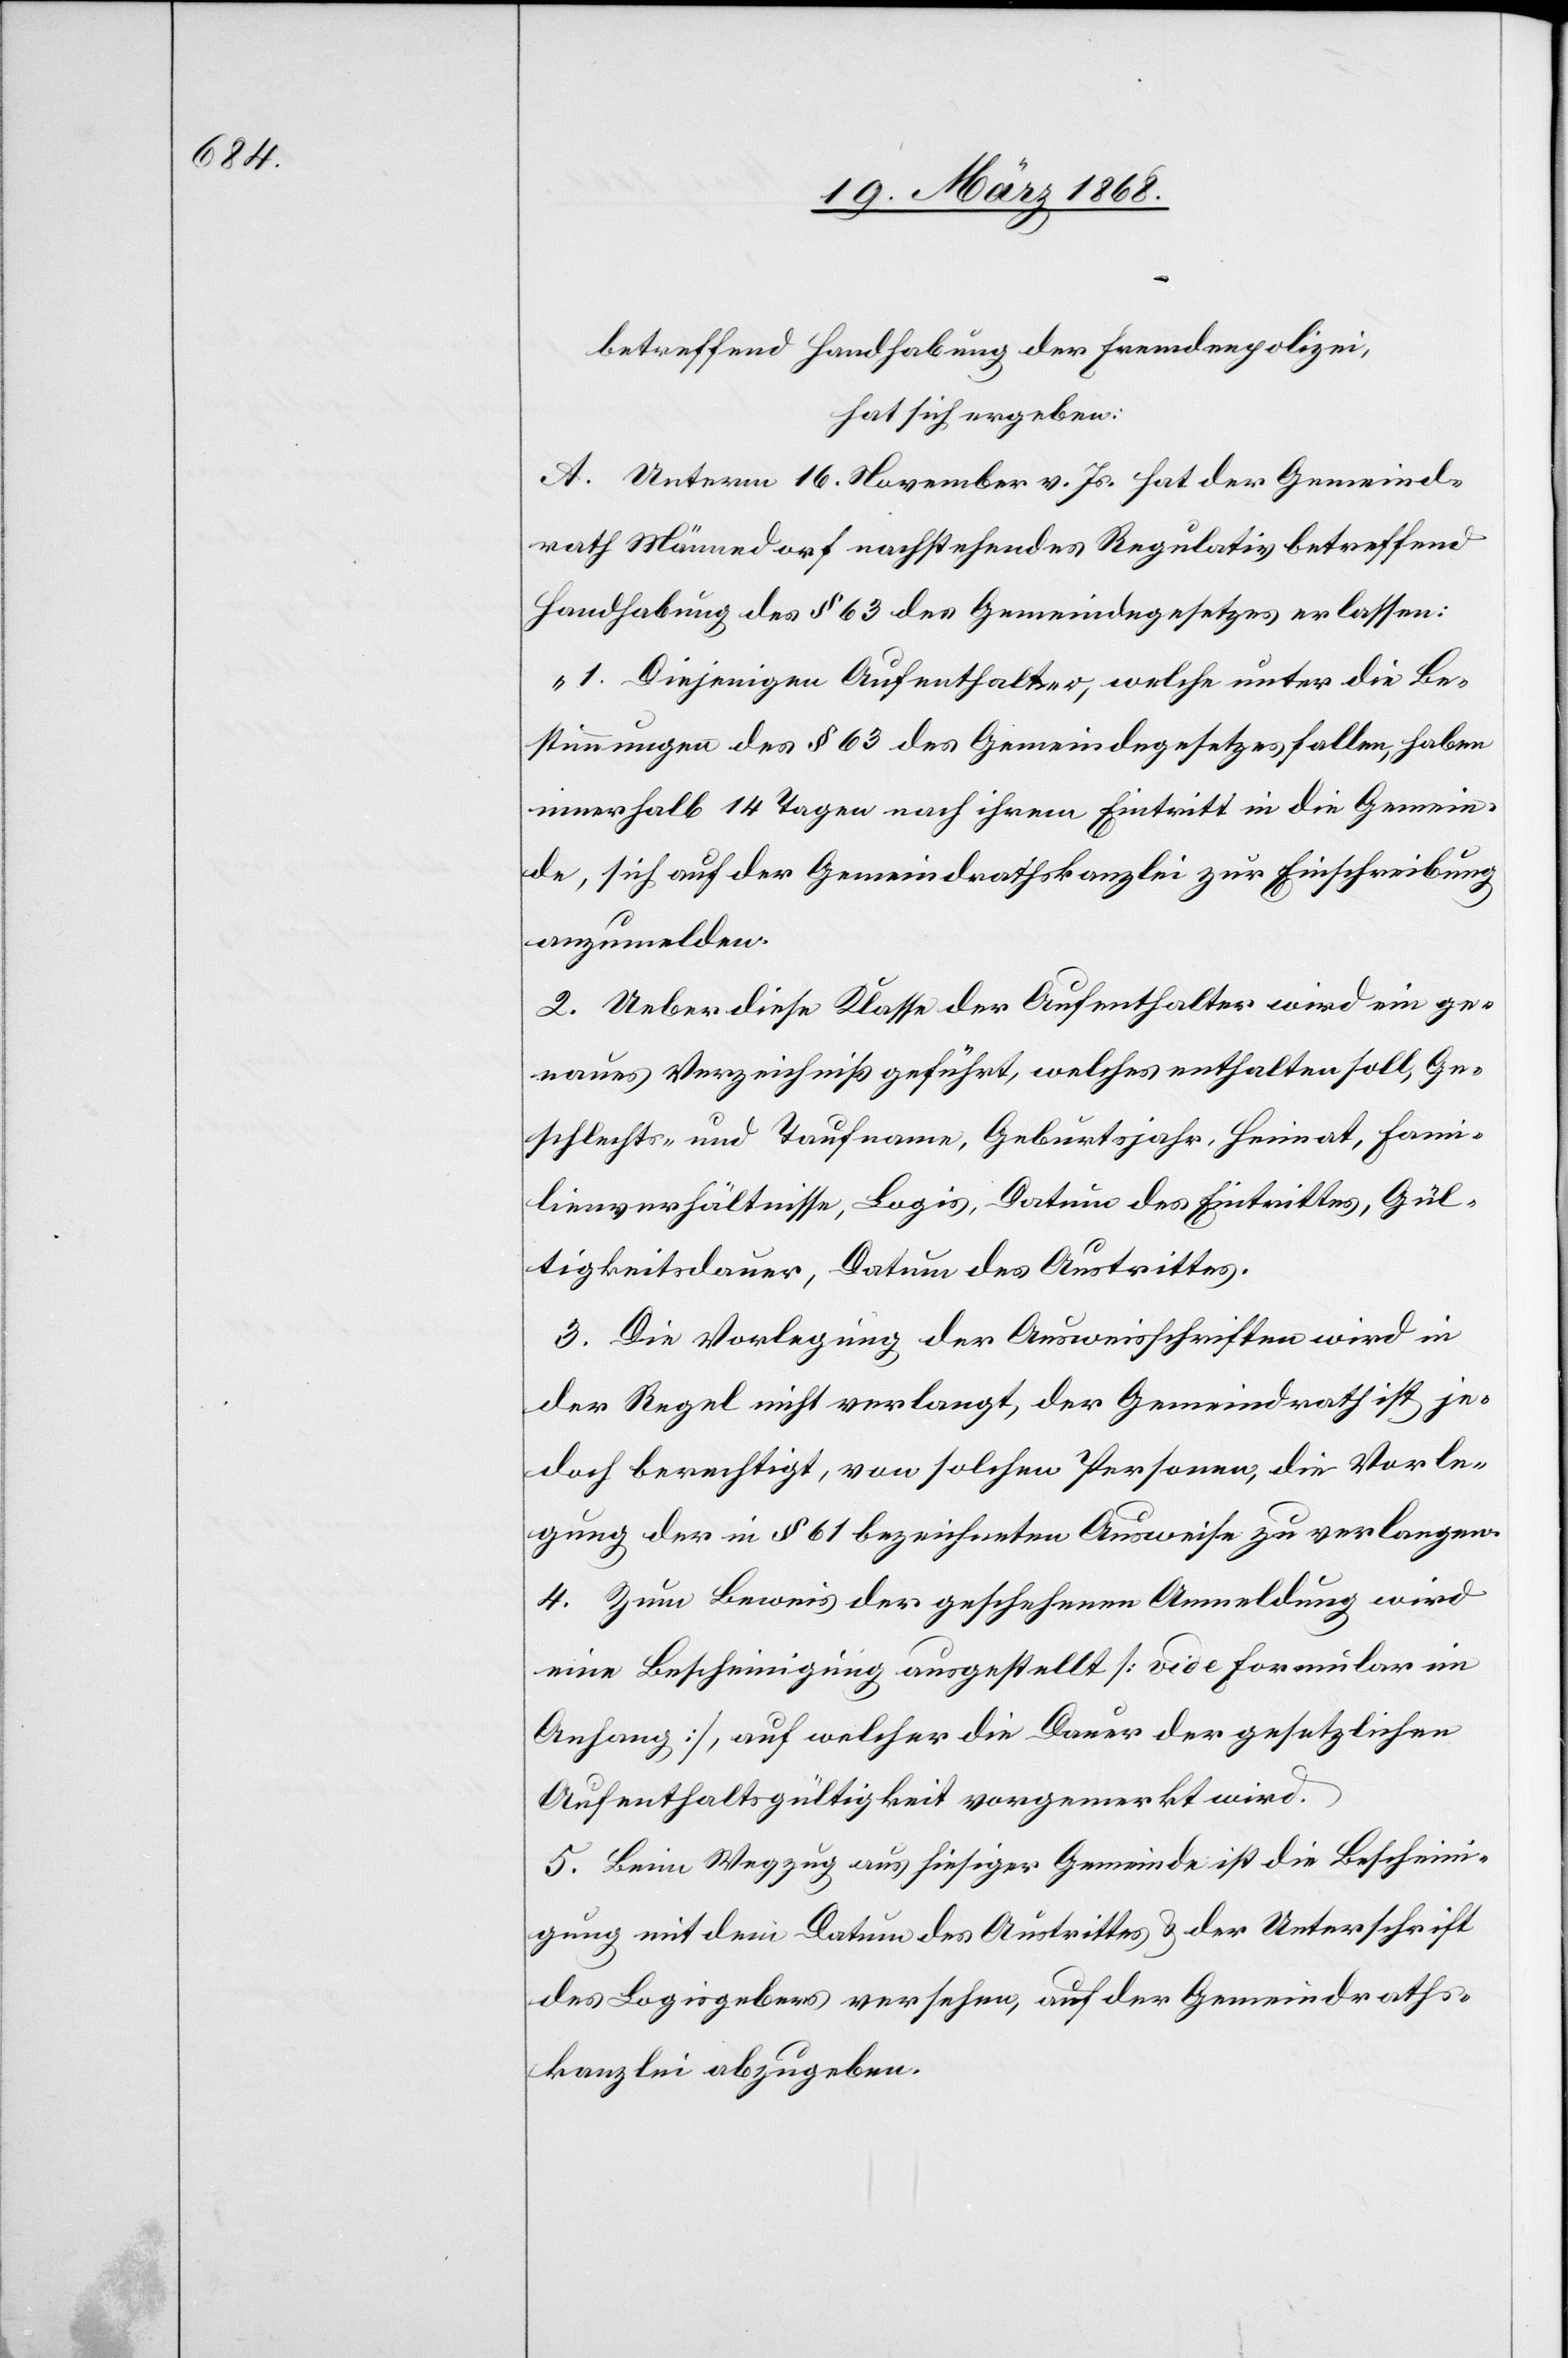
betreffend Handhabung der Fremdenpolizei,
hat sich ergeben:
A. Unterm 16. November v. Js. hat der Gemeind¬
rath Männedorf nachstehendes Regulativ betreffend
Handhabung des § 63 des Gemeindegesetzes erlassen:
„1. Diejenigen Aufenthalter, welche unter die Be¬
stimmungen des § 63 des Gemeindegesetzes fallen, haben
innerhalb 14 Tagen nach ihrem Eintritt in die Gemein¬
de, sich auf der Gemeindrathskanzlei zur Einschreibung
anzumelden.
2. Ueber diese Klasse der Aufenthalter wird ein ge¬
naues Verzeichniß geführt, welches enthalten soll, Ge¬
schlechts- und Taufname, Geburtsjahr, Heimat, Fami¬
lienverhältnisse, Logis, Datum des Eintrittes, Gül¬
tigkeitsdauer, Datum des Austrittes.
3. Die Vorlegung der Ausweisschriften wird in
der Regel nicht verlangt, der Gemeindrath ist je¬
doch berechtigt, von solchen Personen, die Vorle¬
gung der in § 61 bezeichneten Ausweise zu verlangen.
4. Zum Beweis der geschehenen Anmeldung wird
eine Bescheinigung ausgestellt [vide Formular im
Anhang], auf welcher die Dauer der gesetzlichen
Aufenthaltsgültigkeit vorgemerkt wird.
5. Beim Wegzug aus hiesiger Gemeinde ist die Bescheini¬
gung mit dem Datum des Austrittes & der Unterschrift
des Logisgebers versehen, auf der Gemeindraths¬
kanzlei abzugeben.